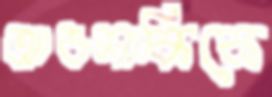
আওলাকিকে